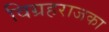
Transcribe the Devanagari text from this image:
विग्रहराजका